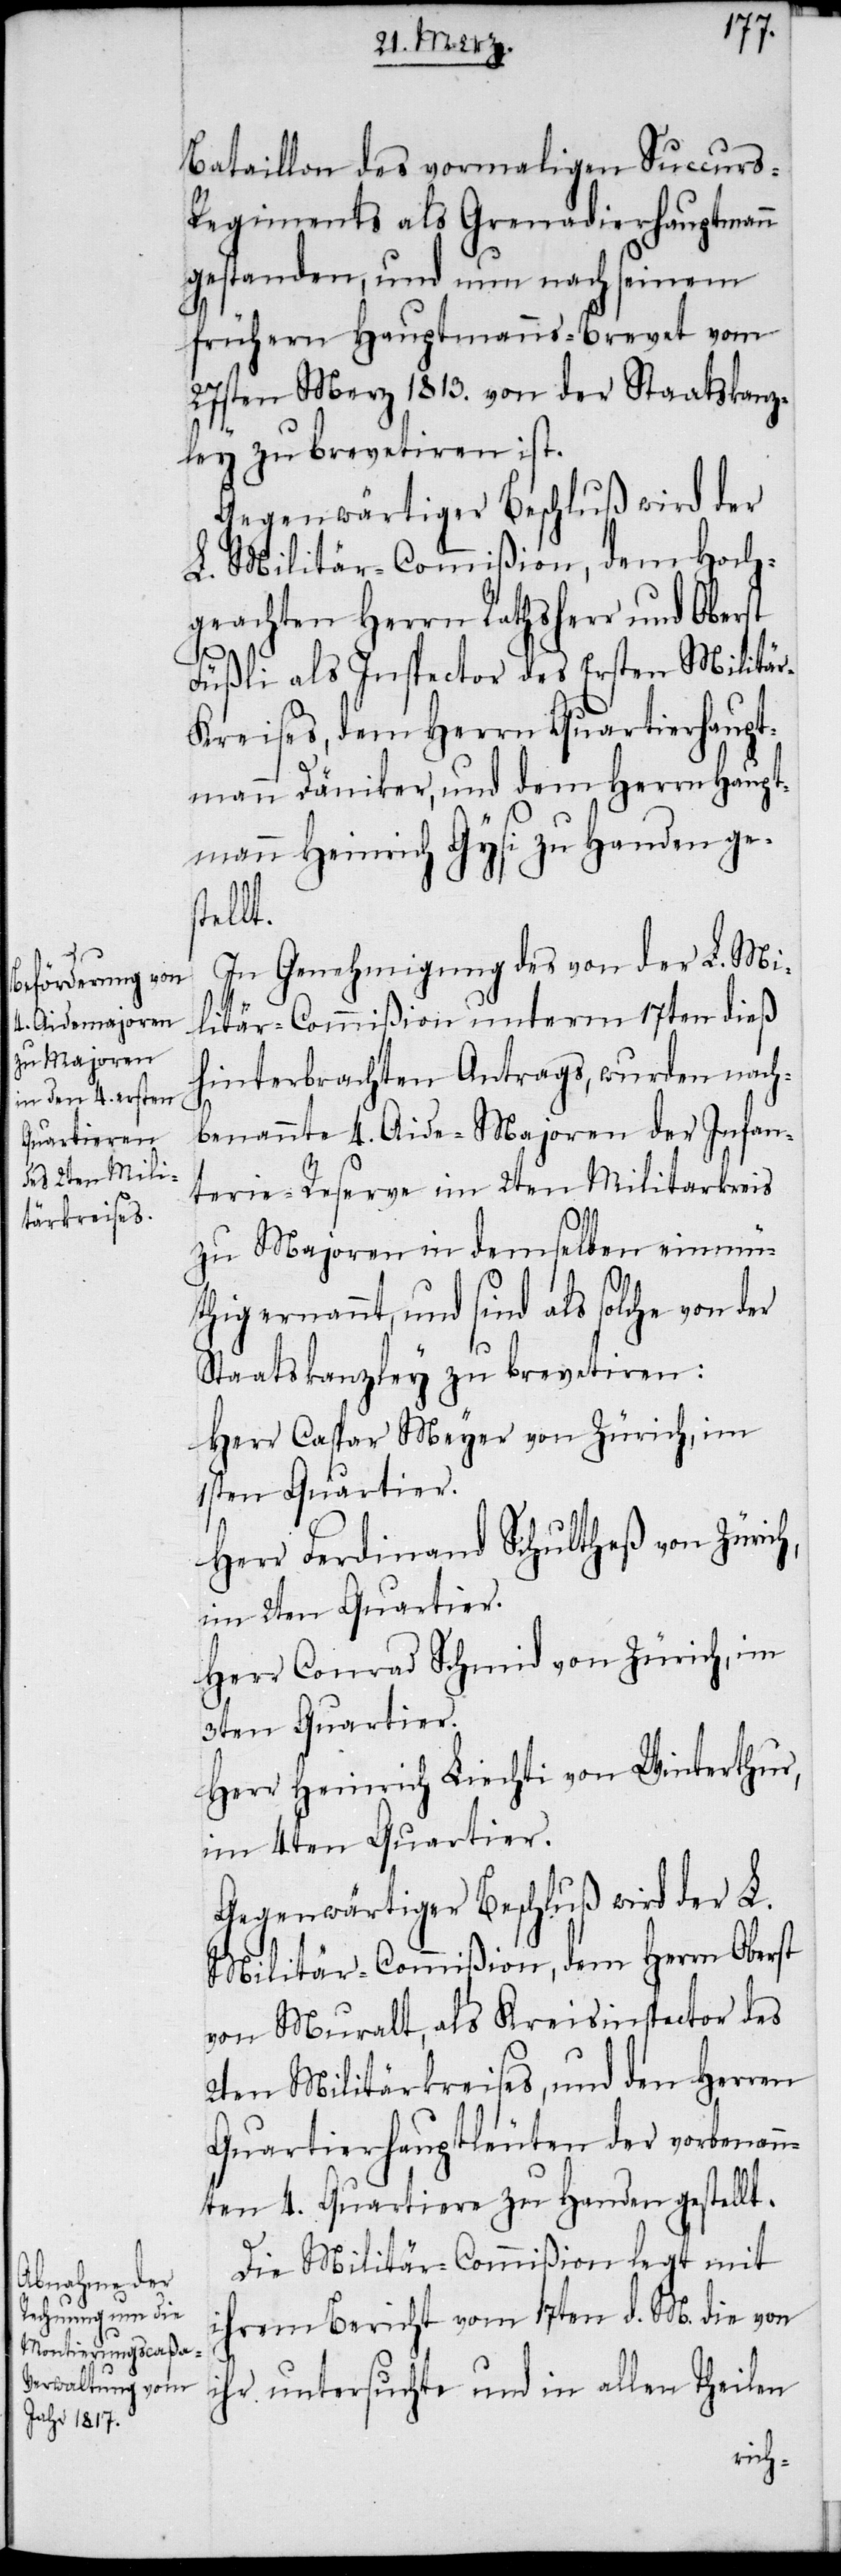
Bataillon des vormaligen Sucurs-R¬
egiments als Grenadierhauptmann
gestanden, und nun nach seinem
frühern Hauptmanns-Brevet vom
27sten Merz 1813. von der Staatskanz¬
ley zu brevetiren ist.
Gegenwärtiger Beschluß wird der
L. Militär-Commißion, dem Hoch¬
geachten Herrn Rathsherr und Oberst
Füßli als Inspector des Ersten Militä¬
r-Kreises, dem Herrn Quartierhaupt¬
mann Däniker, und dem Herrn Haupt¬
mann Heinrich Gysi zu Handen ges¬
tell¬
In Genehmigung des von der L. Mi¬
litär-Commißion unterm 17ten dieß
hinterbrachten Antrags, wurden nach¬
h,
benannte 4. Aide-Majoren der Infan¬
terie-Reserve im 2ten Militarkreis
zu Majoren in demselben einmü¬
thig ernannt, und sind als solche von der
Staatskanzley zu brevetiren:
Herr Caspar Meyer von Zürich, im
1sten Quartier.
Herr Ferdinand Schultheß von Züric¬
im 2ten Quartier.
Herr Conrad Schmid von Zürich, im
3ten Quartier.
Herr Heinrich Liechti von Winterthur,
im 4ten Quartier.
Gegenwärtiger Beschluß wird der L.
Militär-Commißion, dem Herrn Oberst
von Muralt, als Kreisinspector des
2ten Militärkreises, und den Herren
Quartierhauptleuten der vorbenann¬
ten 4. Quartiere zu Handen gestellt.
Die Militär-Commißion legt mit
ihrem Bericht vom 17ten d. M. die von
ihr untersuchte und in allen Theilen